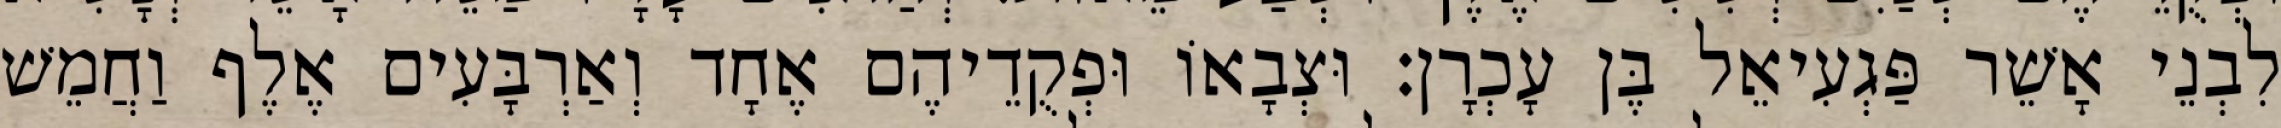
לִבְנֵי אָשֵׁר פַּגְעִיאֵל בֶּן עָכְרָן׃ וּצְבָאוֹ וּפְקֻדֵיהֶם אֶחָד וְאַרְבָּעִים אֶלֶף וַחֲמֵשׁ